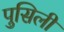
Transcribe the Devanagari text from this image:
पुसिली